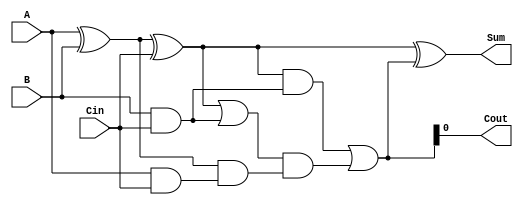
module carry_select_lookahead_adder (
    input wire [7:0] A,
    input wire [7:0] B,
    input wire Cin,
    output wire [7:0] Sum,
    output wire Cout
);

// Arithmetic blocks
reg [7:0] M1, M2, M3, M4, M5;

// Carry-select logic
reg [7:0] P0, G0, P1, G1, P2, G2, P3, G3, P4, G4, P5, G5;

// Carry-lookahead logic
wire [7:0] C0, C1, C2, C3, C4, C5;

// Generate M1, M2, M3, M4, M5 values
assign M1 = A ^ B;
assign M2 = M1 ^ Cin;
assign M3 = A & B;
assign M4 = A & Cin;
assign M5 = B & Cin;

// Generate P0, G0, P1, G1, P2, G2, P3, G3, P4, G4, P5, G5 values
assign P0 = M1;
assign G0 = M1 & Cin;
assign P1 = M2;
assign G1 = M2 & M1;
assign P2 = M3;
assign G2 = M3 | M4;
assign P3 = M2 ^ M3;
assign G3 = M2 & M3;
assign P4 = M1 | M4;
assign G4 = P0 & M4;
assign P5 = M2 | M5;
assign G5 = P1 & M5;

// Generate C0, C1, C2, C3, C4, C5 values
assign C0 = G0 | (P0 & Cin);
assign C1 = G1 | (P1 & G0);
assign C2 = G2 | (P2 & G1);
assign C3 = G3 | (P3 & G2);
assign C4 = G4 | (P4 & G3);
assign C5 = G5 | (P5 & G4);

// Generate Sum and Cout values
assign Sum = M2 ^ C5;
assign Cout = C5;

endmodule